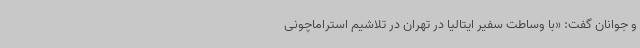
و جوانان گفت: «با وساطت سفیر ایتالیا در تهران در تلاشیم استراماچونی